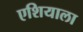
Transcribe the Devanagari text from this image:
एशियाला